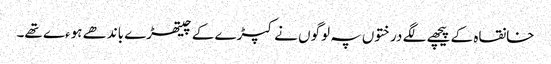
خانقاہ کے پیچھے لگے درختوں پہ لوگوں نے کپڑے کے چیتھڑے باندھے ہوءے تھے۔